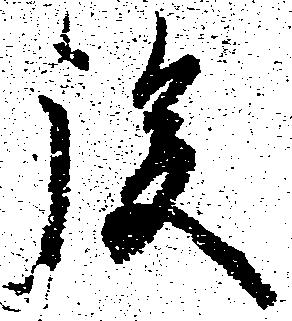
後